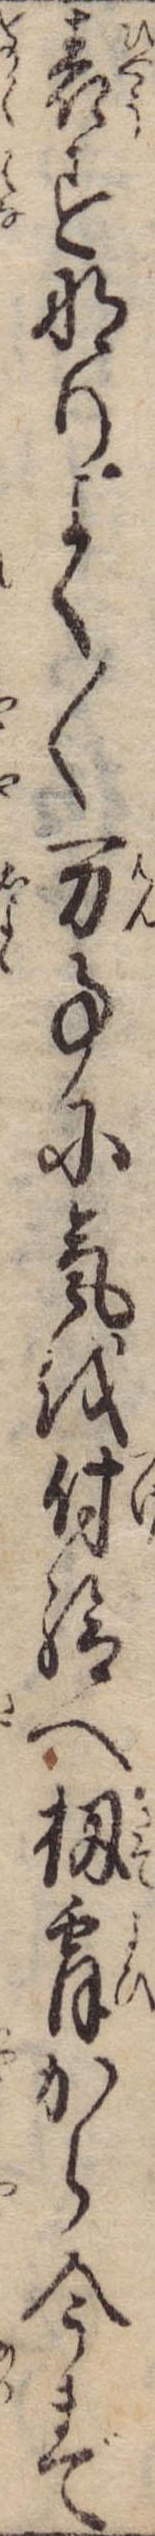
表すなりよく〱万事に気を付給へ扨霄から今まで